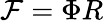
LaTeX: {\mathcal{F}}=\Phi R